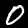
Digit: 0